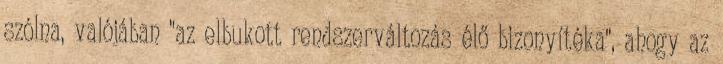
szólna, valójában "az elbukott rendszerváltozás élő bizonyítéka", ahogy az